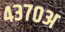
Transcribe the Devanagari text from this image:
४३७०अ